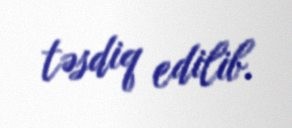
təsdiq edilib.